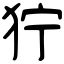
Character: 狞